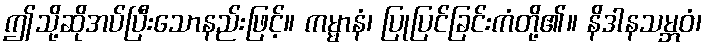
ဤသို့ဆိုအပ်ပြီးသောနည်းဖြင့်။ ကမ္မာနံ၊ ပြုပြင်ခြင်းကံတို့၏။ နိဒါနသမ္ဘဝံ၊